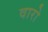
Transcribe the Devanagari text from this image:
वारो